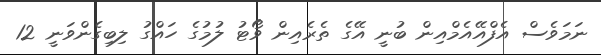
ނަމަވެސް އެފްއޭއެމްއިން ބުނީ އޭގެ ތެރެއިން ވޯޓު ލުމުގެ ހައްގު ލިބިގެންވަނީ 12